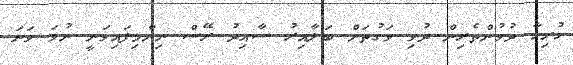
ހުރިހާ ދުވުންތެރިން ދުވި ވަގުތަށް ބަލާއިރު ސާއިދު ރޭސް ނިންމިފައިވަނީ ނުވަ ވަނަ